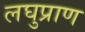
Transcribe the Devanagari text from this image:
लघुप्राण